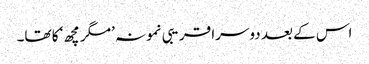
اس کے بعد دوسرا قریبی نمونہ ’مگر مچھ‘ کا تھا۔